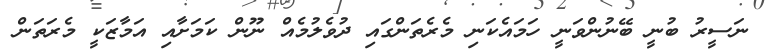
ނަސީރު ބުނީ ބޭނުންވަނީ ހަމައެކަނި މެރެތަންގައި ދުވެލުމެއް ނޫން ކަމަށާއި އަމާޒަކީ މެރަތަން